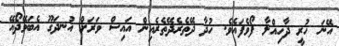
އޭނަ ހުރީ ދާހިއްލާ ފޯވެފައެވެ. ހުދާ ދޭތެރެދޭތެރެއިން އައިސް ވަރަށް އުނދަގޫ އެބަވޭދޯއޭ